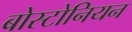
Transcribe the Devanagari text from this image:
बोस्टोनियन